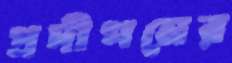
প্রদীপনের